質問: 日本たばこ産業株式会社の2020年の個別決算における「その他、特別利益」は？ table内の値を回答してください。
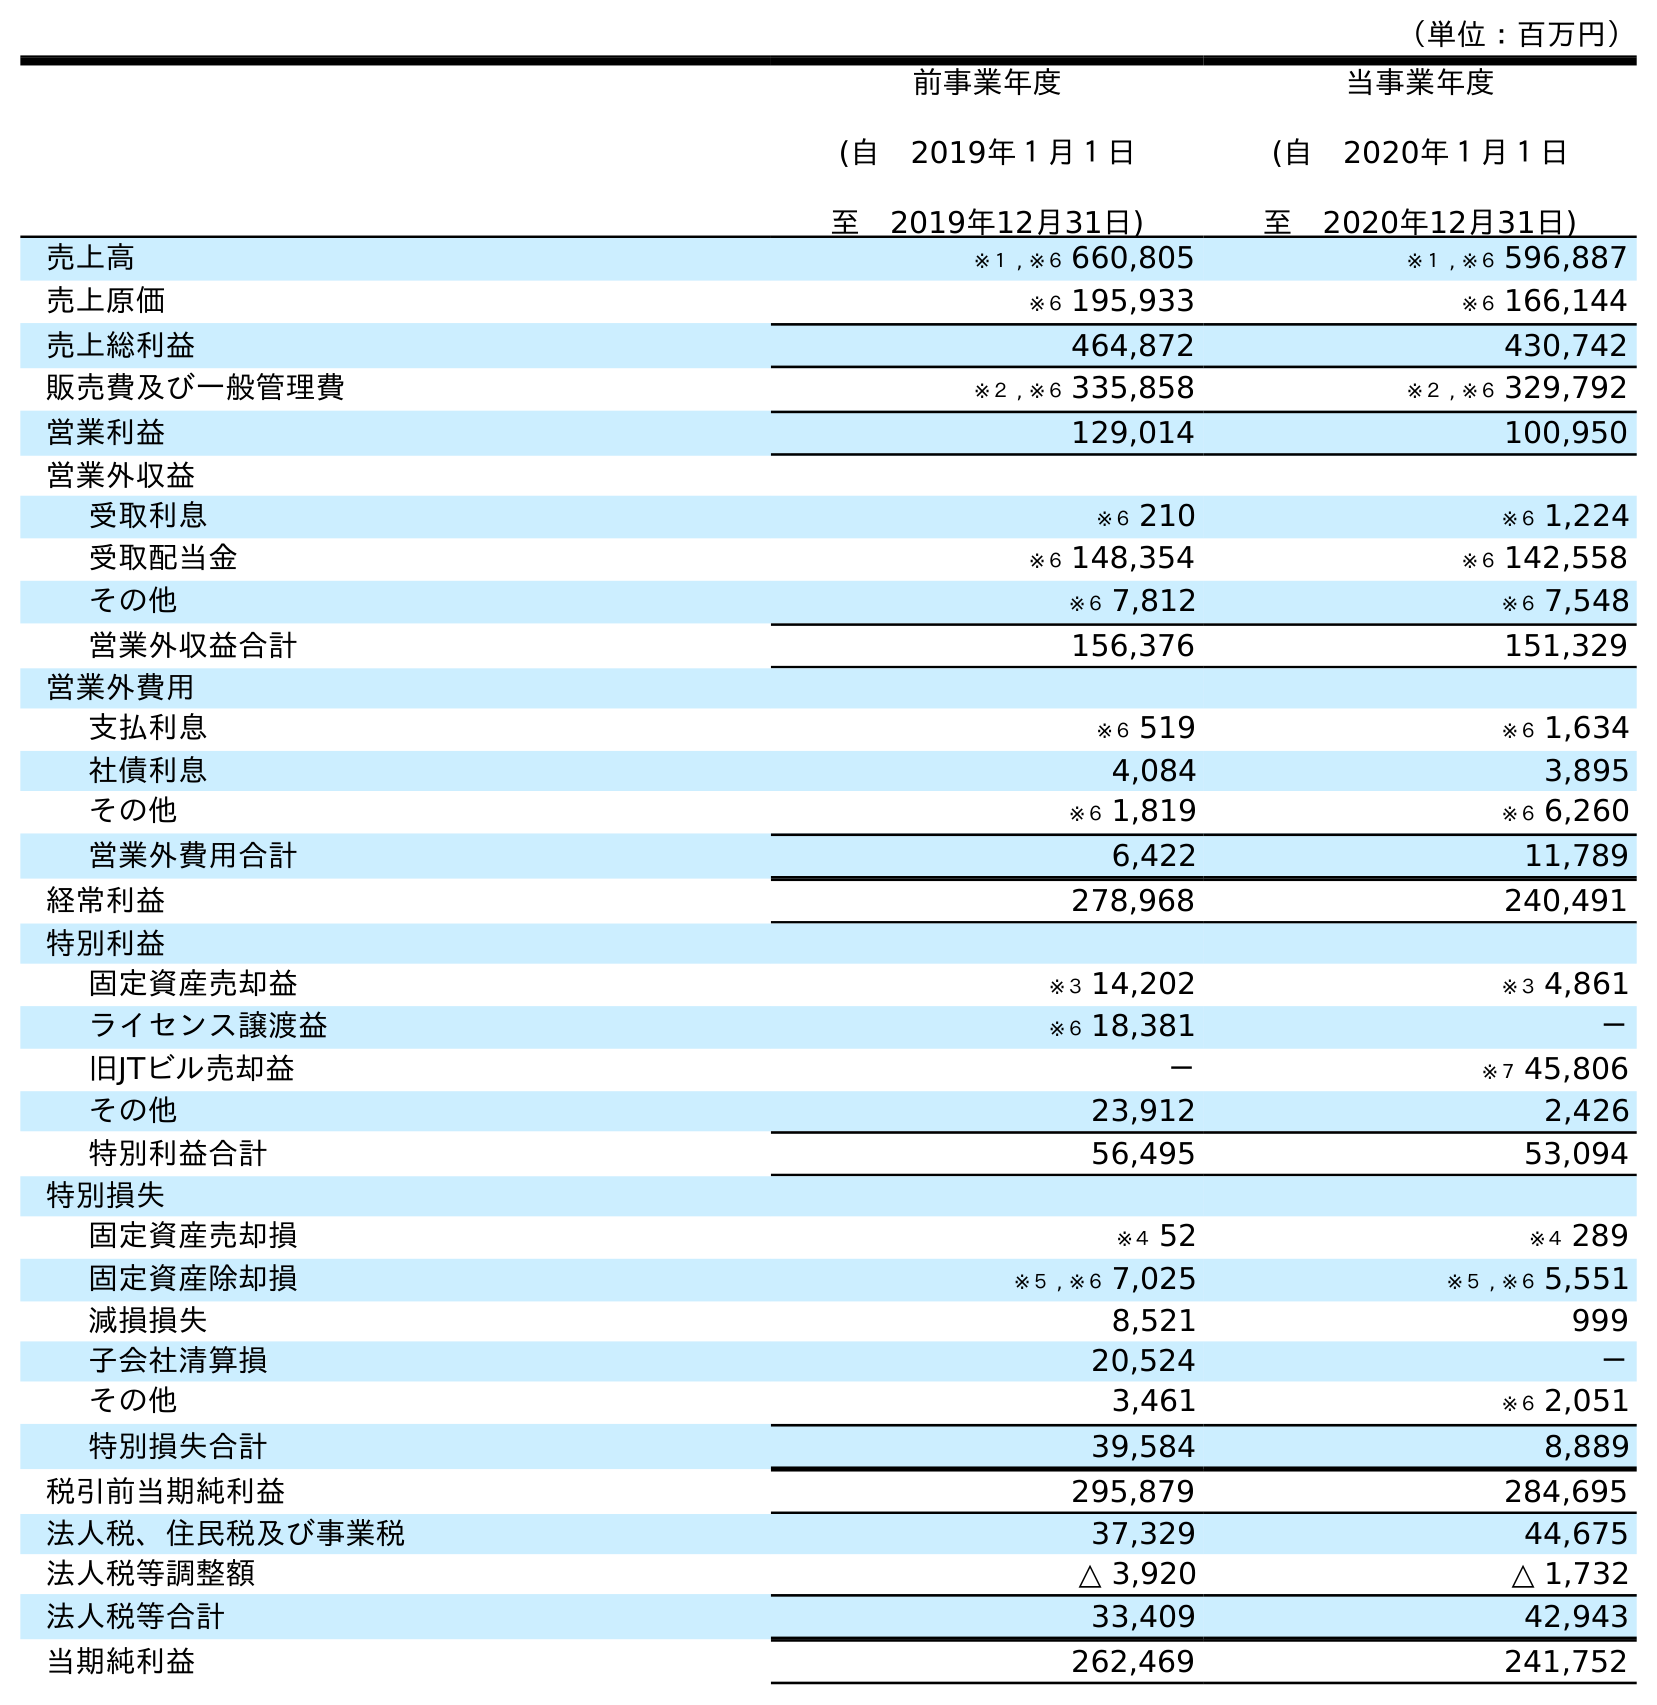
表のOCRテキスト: （単位：百万円） 前事業年度 (自 2019年１月１日 至 2019年12月31日) 当事業年度 (自 2020年１月１日 至 2020年12月31日) 売上高 ※１ , ※６ 660,805 ※１ , ※６ 596,887 売上原価 ※６ 195,933 ※６ 166,144 売上総利益 464,872 430,742 販売費及び一般管理費 ※２ , ※６ 335,858 ※２ , ※６ 329,792 営業利益 129,014 100,950 営業外収益 受取利息 ※６ 210 ※６ 1,224 受取配当金 ※６ 148,354 ※６ 142,558 その他 ※６ 7,812 ※６ 7,548 営業外収益合計 156,376 151,329 営業外費用 支払利息 ※６ 519 ※６ 1,634 社債利息 4,084 3,895 その他 ※６ 1,819 ※６ 6,260 営業外費用合計 6,422 11,789 経常利益 278,968 240,491 特別利益 固定資産売却益 ※３ 14,202 ※３ 4,861 ライセンス譲渡益 ※６ 18,381 － 旧JTビル売却益 － ※７ 45,806 その他 23,912 2,426 特別利益合計 56,495 53,094 特別損失 固定資産売却損 ※４ 52 ※４ 289 固定資産除却損 ※５ , ※６ 7,025 ※５ , ※６ 5,551 減損損失 8,521 999 子会社清算損 20,524 － その他 3,461 ※６ 2,051 特別損失合計 39,584 8,889 税引前当期純利益 295,879 284,695 法人税、住民税及び事業税 37,329 44,675 法人税等調整額 △ 3,920 △ 1,732 法人税等合計 33,409 42,943 当期純利益 262,469 241,752
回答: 2,426